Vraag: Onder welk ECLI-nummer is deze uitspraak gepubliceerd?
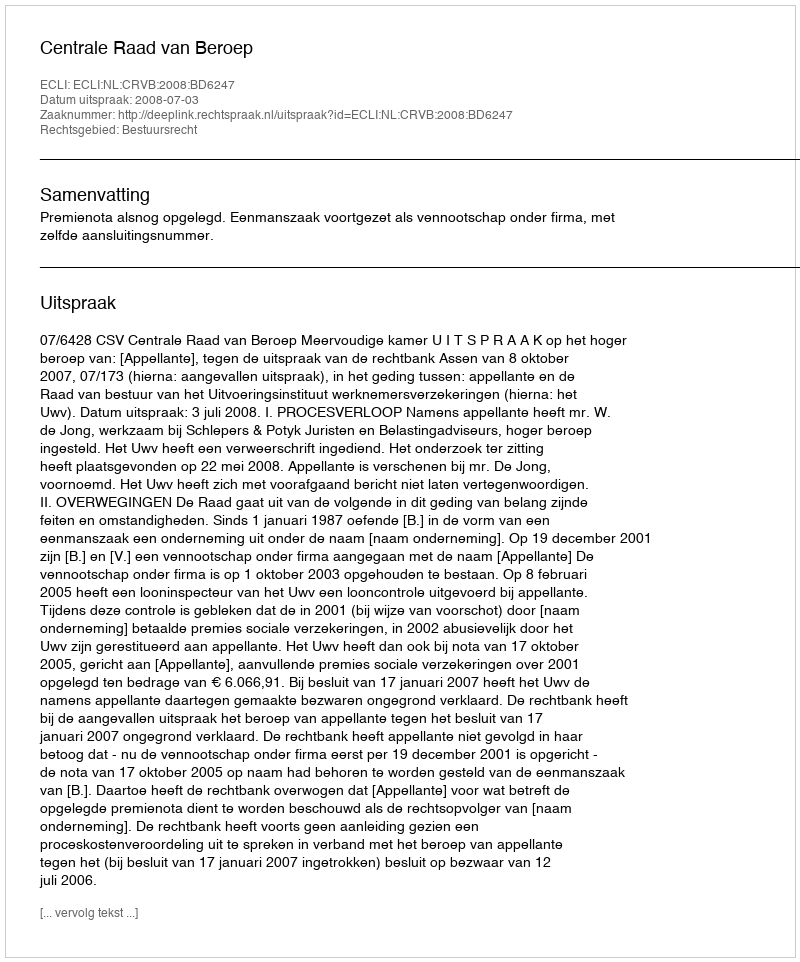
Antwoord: ECLI:NL:CRVB:2008:BD6247